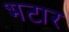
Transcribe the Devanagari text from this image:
भटार